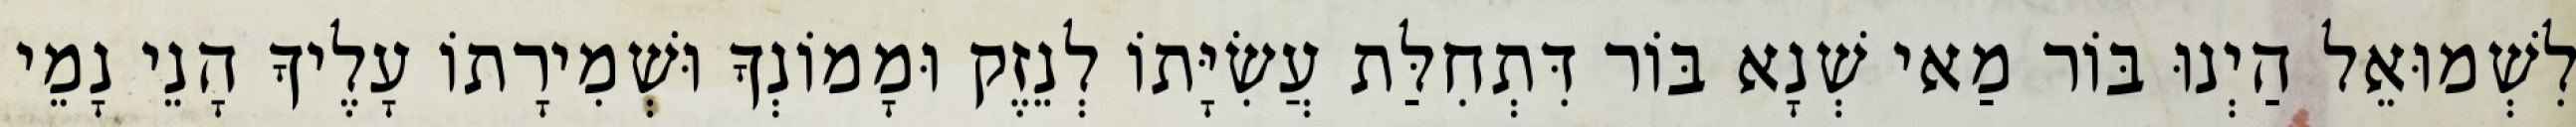
לִשְׁמוּאֵל הַיְנוּ בּוֹר מַאי שְׁנָא בּוֹר דִּתְחִלַּת עֲשִׂיָּתוֹ לְנֵזֶק וּמָמוֹנְךָ וּשְׁמִירָתוֹ עָלֶיךָ הָנֵי נָמֵי